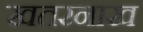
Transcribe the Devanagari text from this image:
खतरनाख